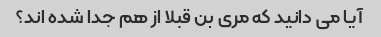
آیا می دانید که مری بن قبلا از هم جدا شده اند؟